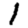
Digit: 1